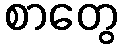
စာတွေ